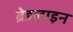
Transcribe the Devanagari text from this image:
ब्रेडलाइन